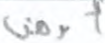
أومن